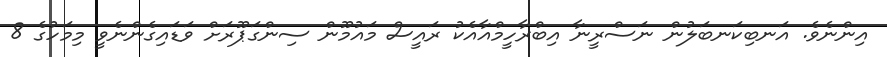
އިންނެވެ. އަނބިކަނބަލުން ނަސްރީނާ އިބްރާހީމްއާއެކު ރައީސް މައުމޫން ސިންގަޕޫރަށް ވަޑައިގެންނެވީ މިމަހުގެ 8